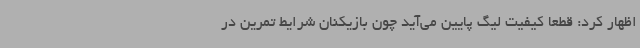
اظهار کرد: قطعاً کیفیت لیگ پایین می‌آید چون بازیکنان شرایط تمرین در